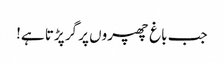
جب باغ چھپروں پر گر پڑتا ہے!